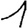
Digit: 1